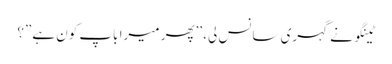
ٹینگو نے گہری سانس لی، ’’پھر میرا باپ کون ہے”؟